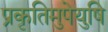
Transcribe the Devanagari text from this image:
प्रकृतिमुपेयुषि